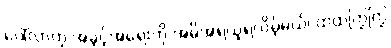
ပေါ်လာတဲ့ အခွင့်အရေးကို အမိအရယူရလိမ့်မယ်၊ ထထကြွကြွ